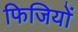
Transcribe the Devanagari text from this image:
फिजियों